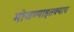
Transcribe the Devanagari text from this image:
मोजण्याइतक्याच